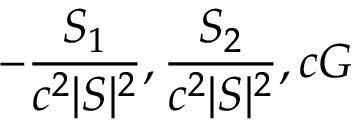
- { \frac { S _ { 1 } } { c ^ { 2 } | S | ^ { 2 } } } , { \frac { S _ { 2 } } { c ^ { 2 } | S | ^ { 2 } } } , c G